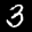
Label: 3